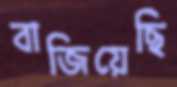
বাজিয়েছি